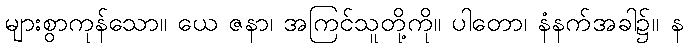
များစွာကုန်သော။ ယေ ဇနာ၊ အကြင်သူတို့ကို။ ပါတော၊ နံနက်အခါ၌။ န